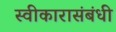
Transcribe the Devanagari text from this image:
स्वीकारासंबंधी